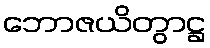
ဘောဇယိတွာဋ္ဌ